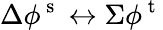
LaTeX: \Delta\phi^{\mathrm{~s~}}\leftrightarrow\Sigma\phi^{\mathrm{~t~}}